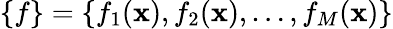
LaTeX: \{ f\} =\{ f_{1}(\mathbf{x}),f_{2}(\mathbf{x}),\ldots,f_{M}(\mathbf{x})\}